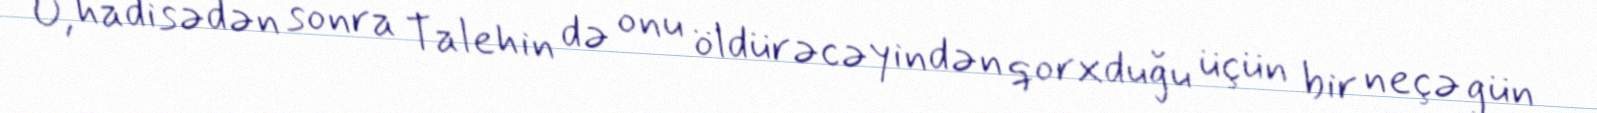
O, hadisədən sonra Talehin də onu öldürəcəyindən qorxduğu üçün bir neçə gün